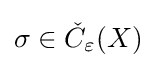
\sigma \in {\check {C}}_{\varepsilon }(X)